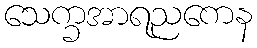
သေက္ခအာရညကေန